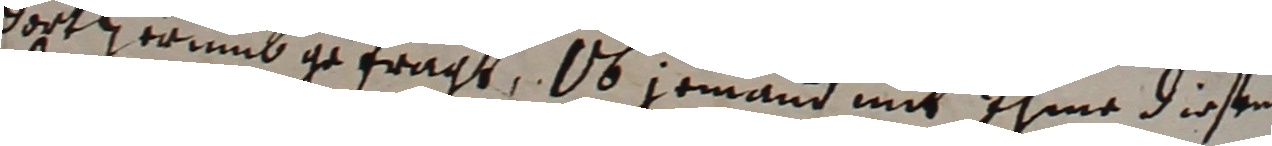
dortherumb gefragt, Ob ermand mit ihme diesen